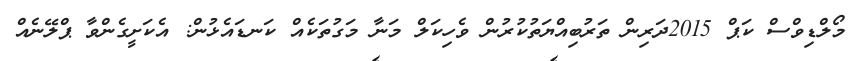
މޯލްޑިވްސް ކަޕް 2015ދަރިން ތަރުބިއްޔަތުކުރުން ވެހިކަލް މަނާ މަގުތަކެއް ކަނޑައެޅުން: އެކަށީގެންވާ ޕްލޭނެއް